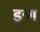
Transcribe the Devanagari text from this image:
इन्ग